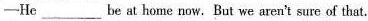
— He___be at home now .But we aren't sure of that.